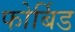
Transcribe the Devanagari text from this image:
फोर्बिड